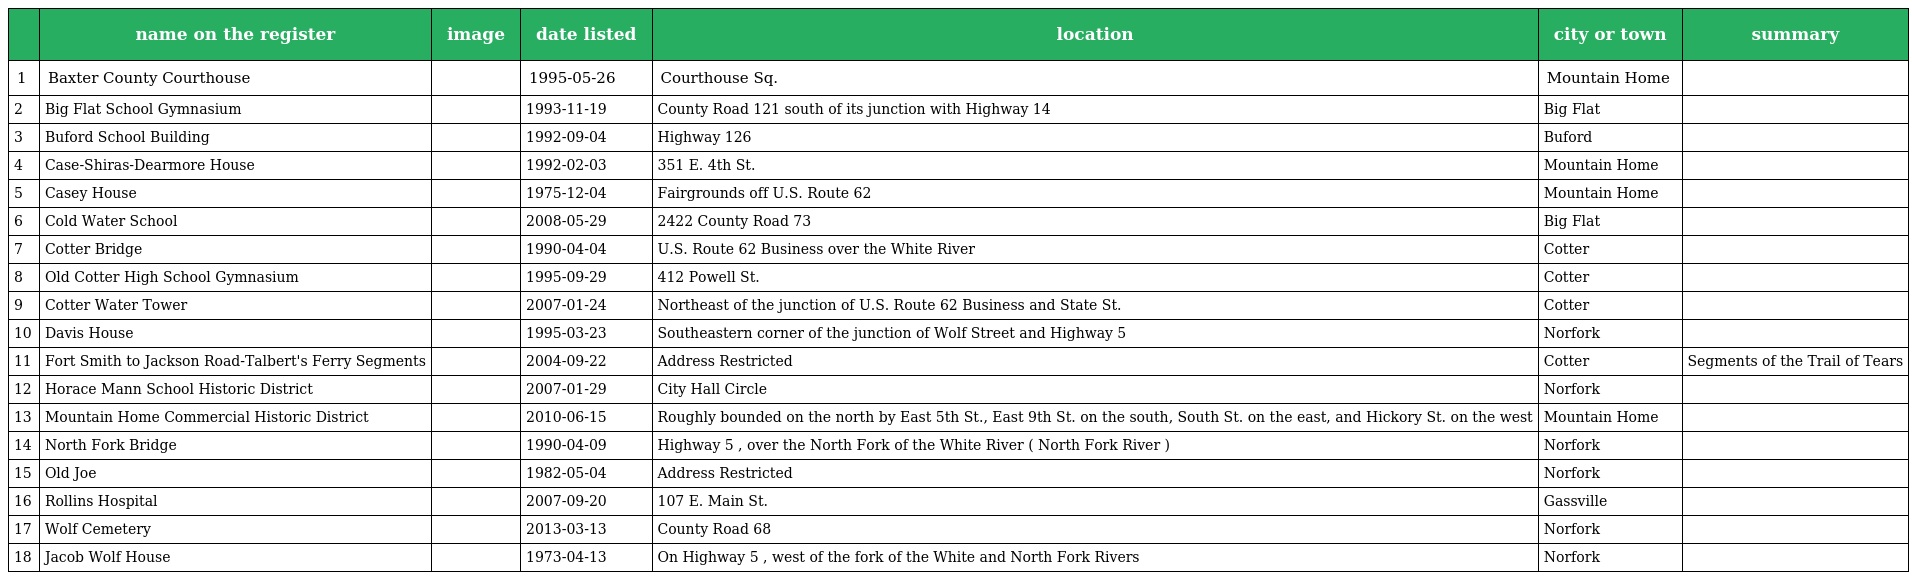
|  | name on the register | image | date listed | location | city or town | summary |
 | --- | --- | --- | --- | --- | --- | --- |
 | 1 | Baxter County Courthouse |  | 1995-05-26 | Courthouse Sq. | Mountain Home |  |
 | 2 | Big Flat School Gymnasium |  | 1993-11-19 | County Road 121 south of its junction with Highway 14 | Big Flat |  |
 | 3 | Buford School Building |  | 1992-09-04 | Highway 126 | Buford |  |
 | 4 | Case-Shiras-Dearmore House |  | 1992-02-03 | 351 E. 4th St. | Mountain Home |  |
 | 5 | Casey House |  | 1975-12-04 | Fairgrounds off U.S. Route 62 | Mountain Home |  |
 | 6 | Cold Water School |  | 2008-05-29 | 2422 County Road 73 | Big Flat |  |
 | 7 | Cotter Bridge |  | 1990-04-04 | U.S. Route 62 Business over the White River | Cotter |  |
 | 8 | Old Cotter High School Gymnasium |  | 1995-09-29 | 412 Powell St. | Cotter |  |
 | 9 | Cotter Water Tower |  | 2007-01-24 | Northeast of the junction of U.S. Route 62 Business and State St. | Cotter |  |
 | 10 | Davis House |  | 1995-03-23 | Southeastern corner of the junction of Wolf Street and Highway 5 | Norfork |  |
 | 11 | Fort Smith to Jackson Road-Talbert's Ferry Segments |  | 2004-09-22 | Address Restricted | Cotter | Segments of the Trail of Tears |
 | 12 | Horace Mann School Historic District |  | 2007-01-29 | City Hall Circle | Norfork |  |
 | 13 | Mountain Home Commercial Historic District |  | 2010-06-15 | Roughly bounded on the north by East 5th St., East 9th St. on the south, South St. on the east, and Hickory St. on the west | Mountain Home |  |
 | 14 | North Fork Bridge |  | 1990-04-09 | Highway 5 , over the North Fork of the White River ( North Fork River ) | Norfork |  |
 | 15 | Old Joe |  | 1982-05-04 | Address Restricted | Norfork |  |
 | 16 | Rollins Hospital |  | 2007-09-20 | 107 E. Main St. | Gassville |  |
 | 17 | Wolf Cemetery |  | 2013-03-13 | County Road 68 | Norfork |  |
 | 18 | Jacob Wolf House |  | 1973-04-13 | On Highway 5 , west of the fork of the White and North Fork Rivers | Norfork |  |